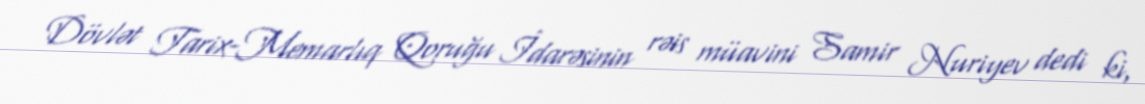
Dövlət Tarix-Memarlıq Qoruğu İdarəsinin rəis müavini Samir Nuriyev dedi ki,